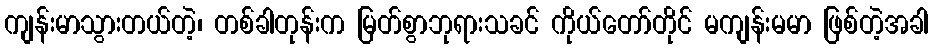
ကျန်းမာသွားတယ်တဲ့၊ တစ်ခါတုန်းက မြတ်စွာဘုရားသခင် ကိုယ်တော်တိုင် မကျန်းမမာ ဖြစ်တဲ့အခါ